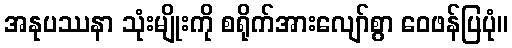
အနုပဿနာ သုံးမျိုးကို စရိုက်အားလျော်စွာ ဝေဖန်ပြပုံ။